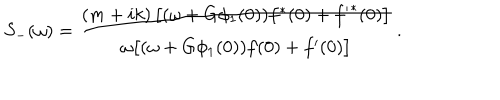
S _ { - } ( \omega ) = \frac { ( m + i k ) \left[ ( \omega + G \phi _ { 1 } ( 0 ) ) f ^ { \ast } ( 0 ) + { f ^ { \prime } } ^ { \ast } ( 0 ) \right] } { \omega \bigl [ ( \omega + G \phi _ { 1 } ( 0 ) ) f ( 0 ) + { f ^ { \prime } } ( 0 ) \bigr ] } \, .